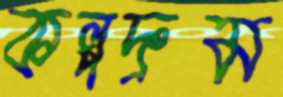
কল্পদ্রুম